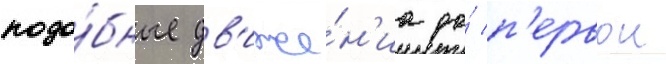
подо́бные дв'иже́н'иа до́ п'ервои